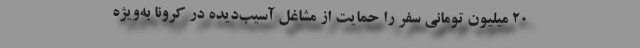
۲۰ میلیون تومانی سفر را حمایت از مشاغل آسیب‌دیده در کرونا به‌ویژه